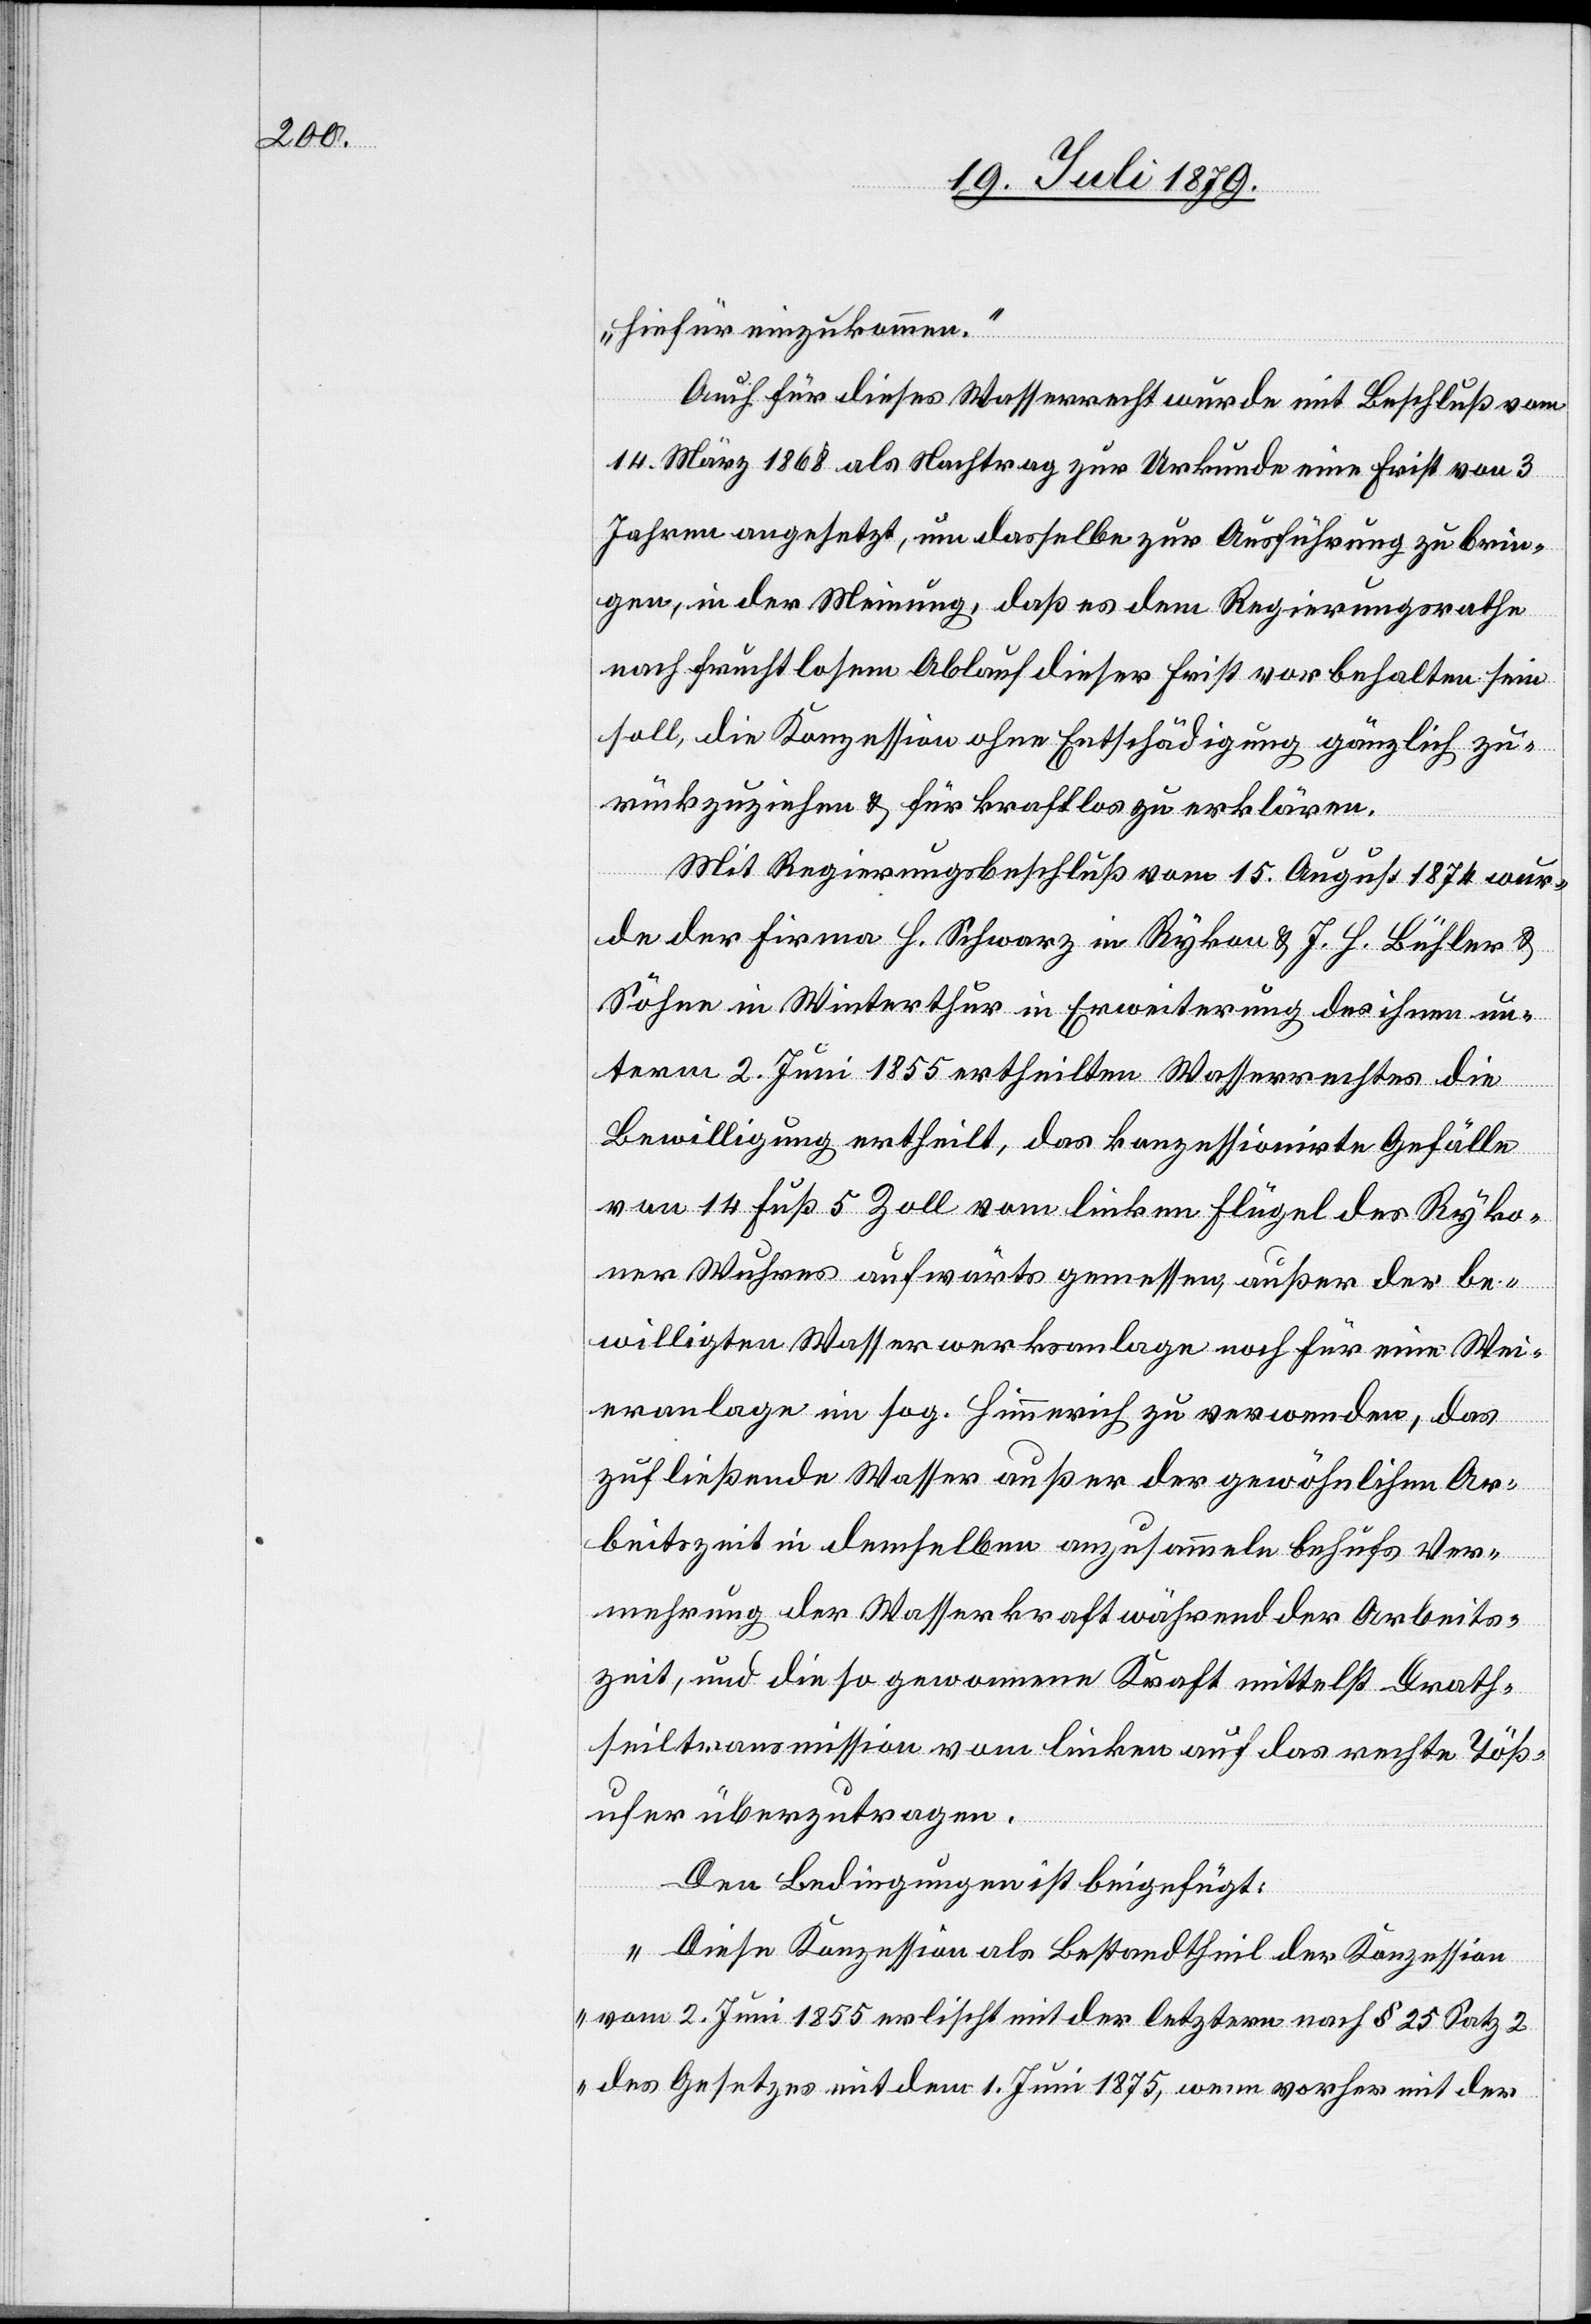
hiefür einzukommen.“
Auch für dieses Wasserrecht wurde mit Beschluß vom
14. März 1868 als Nachtrag zur Urkunde eine Frist von 3
Jahren angesetzt, um dasselbe zur Ausführung zu brin¬
gen, in der Meinung, daß es dem Regierungsrathe
nach fruchtlosem Ablauf dieser Frist vorbehalten sein
soll, die Konzession ohne Entschädigung gänzlich zu¬
rückzuziehen & für kraftlos zu erklären.
Mit Regierungsbeschluß vom 15. August 1874 wur¬
de der Firma H. Schwarz in Rykon & J. H. Bühler &
Söhne in Winterthur in Erweiterung des ihnen un¬
term 2. Juni 1855 ertheilten Wasserrechtes die
Bewilligung ertheilt, das konzessionirte Gefälle
von 14 Fuß 5 Zoll vom linken Flügel des Ryko¬
ner Wuhres aufwärts gemessen, außer der be¬
willigten Wasserwerksanlage noch für eine Wei¬
eranlage im sog. Himmerich zu verwenden, das
zufließende Wasser außer der gewöhnlichen Ar¬
beitszeit in demselben anzusammeln behufs Ver¬
mehrung der Wasserkraft während der Arbeits¬
zeit, und die so gewonnene Kraft mittelst Drath¬
seiltransmission vom linken auf das rechte Töß¬
ufer überzutragen.
Den Bedingungen ist beigefügt:
„Diese Konzession als Bestandtheil der Konzession
vom 2. Juni 1855 erlischt mit der letztern nach § 25 Satz 2
des Gesetzes mit dem 1. Juni 1875, wenn vorher mit der